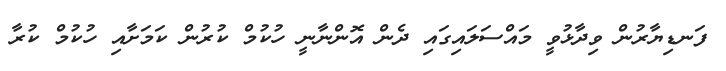
ފަނޑިޔާރުން ވިދާޅުވީ މައްސަލައިގައި ދެން އޮންނާނީ ހުކުމް ކުރުން ކަމަށާއި ހުކުމް ކުރާ